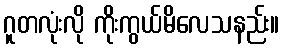
ဂူတလုံးလို ကိုးကွယ်မိလေသနည်း။